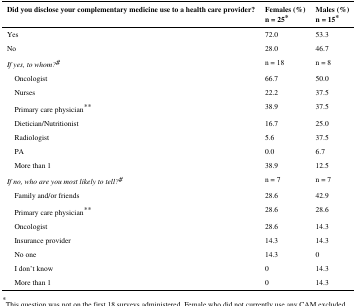
<table><thead><tr><td><b>Did you disclose your complementary medicine use to a health care provider?</b></td><td><b>Females (%)n = 25*</b></td><td><b>Males (%)n = 15*</b></td></tr></thead><tbody><tr><td>Yes</td><td>72.0</td><td>53.3</td></tr><tr><td>No</td><td>28.0</td><td>46.7</td></tr><tr><td><i>If yes, to whom?</i>#</td><td>n = 18</td><td>n = 8</td></tr><tr><td> Oncologist</td><td>66.7</td><td>50.0</td></tr><tr><td> Nurses</td><td>22.2</td><td>37.5</td></tr><tr><td> Primary care physician**</td><td>38.9</td><td>37.5</td></tr><tr><td> Dietician/Nutritionist</td><td>16.7</td><td>25.0</td></tr><tr><td> Radiologist</td><td>5.6</td><td>37.5</td></tr><tr><td> PA</td><td>0.0</td><td>6.7</td></tr><tr><td> More than 1</td><td>38.9</td><td>12.5</td></tr><tr><td><i>If no, who are you most likely to tell?</i>#</td><td>n = 7</td><td>n = 7</td></tr><tr><td> Family and/or friends</td><td>28.6</td><td>42.9</td></tr><tr><td> Primary care physician**</td><td>28.6</td><td>28.6</td></tr><tr><td> Oncologist</td><td>28.6</td><td>14.3</td></tr><tr><td> Insurance provider</td><td>14.3</td><td>14.3</td></tr><tr><td> No one</td><td>14.3</td><td>0</td></tr><tr><td> I don’t know</td><td>0</td><td>14.3</td></tr><tr><td> More than 1</td><td>0</td><td>14.3</td></tr></tbody></table>